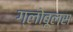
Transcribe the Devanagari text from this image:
ग्लोबूलस